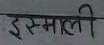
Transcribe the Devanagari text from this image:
इस्माली